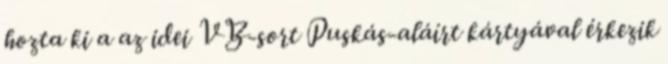
hozta ki a az idei VB-sort Puskás-aláírt kártyával érkezik